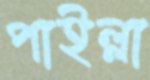
পাইল্লা